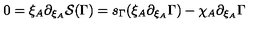
0 = \xi _ { A } \partial _ { \xi _ { A } } { \cal S } ( \Gamma ) = s _ { \Gamma } ( \xi _ { A } \partial _ { \xi _ { A } } \Gamma ) - \chi _ { A } \partial _ { \xi _ { A } } \Gamma